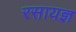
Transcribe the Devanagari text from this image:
रसायज्ञ